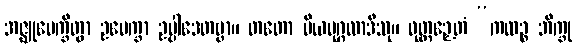
အဇ္ဈုပေက္ခိတွာ ဥပေက္ခာ ဥပ္ပါဒေတဗ္ဗာ။ တတော ပိယပုဂ္ဂလာဒီသု။ ဝုတ္တဉှေတံ “ကထဉ္စ ဘိက္ခု